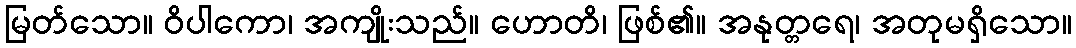
မြတ်သော။ ဝိပါကော၊ အကျိုးသည်။ ဟောတိ၊ ဖြစ်၏။ အနုတ္တရေ၊ အတုမရှိသော။